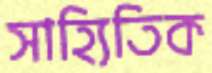
সাহ্যিতিক